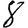
Digit: 8